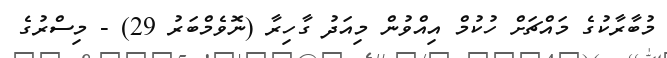
މުބާރާކުގެ މައްޗަށް ހުކުމް އިއްވުން މިއަދު ގާހިރާ (ނޮވެމްބަރު 29) - މިސްރުގެ